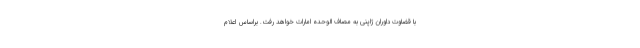
با قضاوت داوران ژاپنی به مصاف الوحده امارات خواهد رفت. براساس اعلام